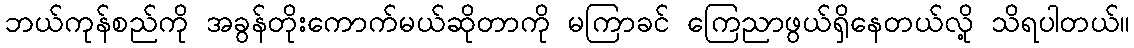
ဘယ်ကုန်စည်ကို အခွန်တိုးကောက်မယ်ဆိုတာကို မကြာခင် ကြေညာဖွယ်ရှိနေတယ်လို့ သိရပါတယ်။